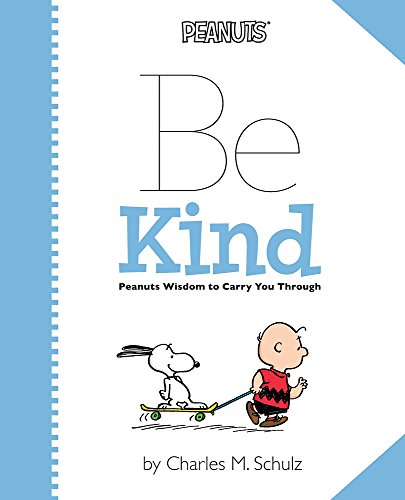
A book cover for Peanuts: Be Kind: Peanuts Wisdom to Carry You Through; Children's Books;